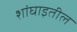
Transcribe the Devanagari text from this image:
शांघाइतील